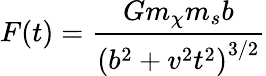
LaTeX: F(t)=\frac{Gm_{\chi}m_{s}b}{\left(b^{2}+v^{2}t^{2}\right)^{3/2}}